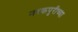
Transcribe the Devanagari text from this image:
नरकपुरीच्या